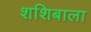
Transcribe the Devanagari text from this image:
शशिबाला